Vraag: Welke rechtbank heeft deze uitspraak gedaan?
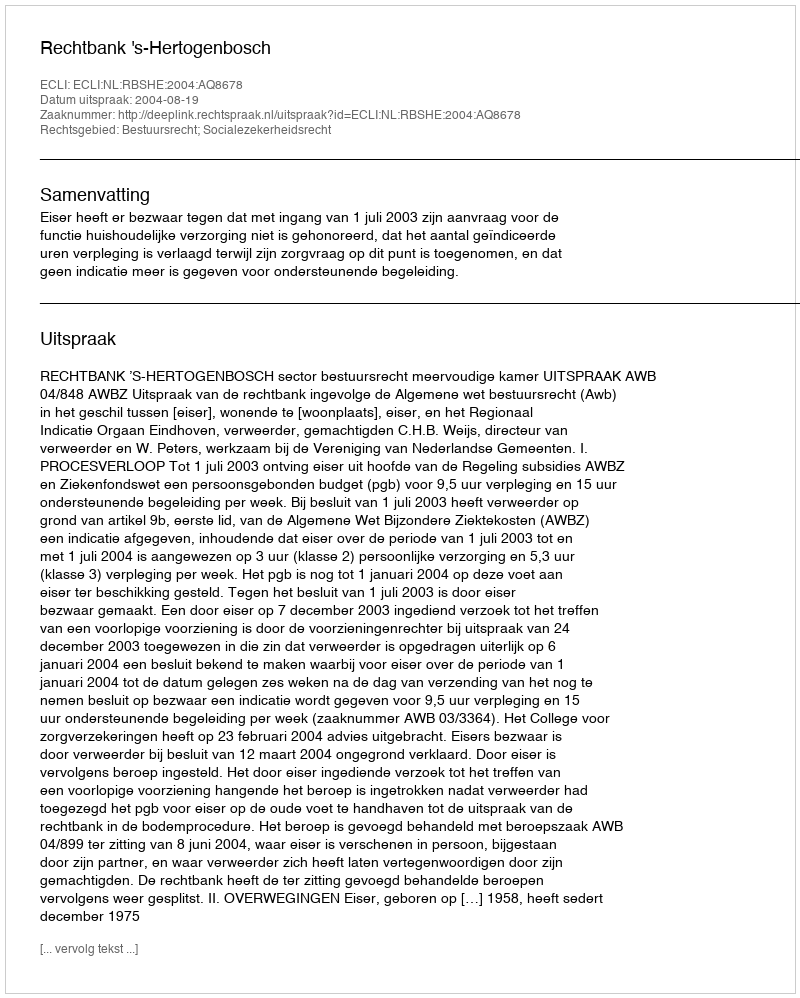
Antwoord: Rechtbank 's-Hertogenbosch